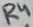
Text: R4